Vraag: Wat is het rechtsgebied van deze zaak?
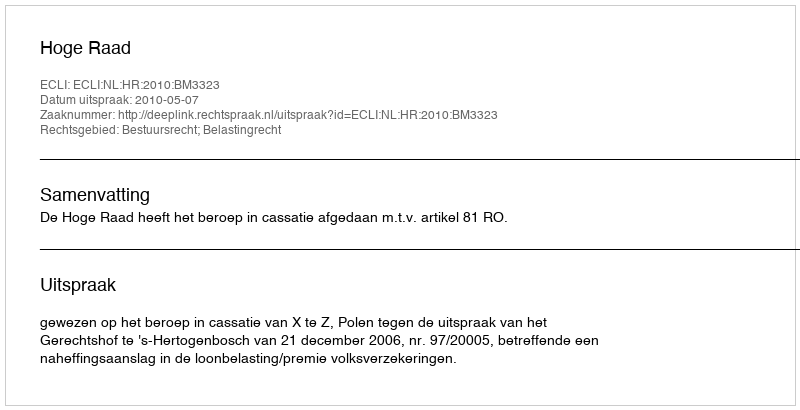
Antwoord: Bestuursrecht; Belastingrecht